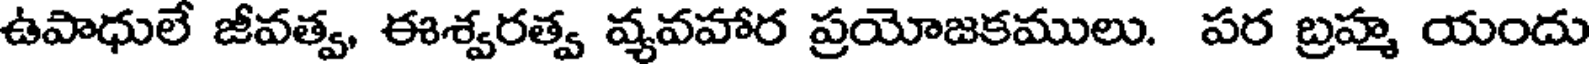
ఉపాధులే జీవత్వ, ఈశ్వరత్వ వ్యవహార ప్రయోజకములు. పర బ్రహ్మ యందు